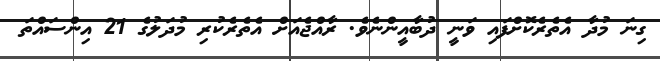
ގިނަ މުދާ އެތެރެކޮށްފައި ވަނީ ދުބާއީންނެވެ. ރާއްޖެއަށް އެތެރެކުރި މުދަލުގެ 21 އިންސައްތަ